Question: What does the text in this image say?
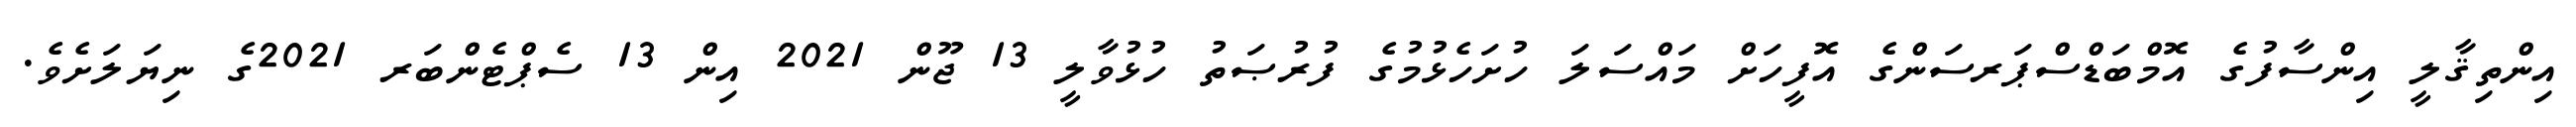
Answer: އިންތިޤާލީ އިންސާފުގެ އޮމްބަޑްސްޕަރސަންގެ އޮފީހަށް މައްސަލަ ހުށަހެޅުމުގެ ފުރުޞަތު ހުޅުވާލީ 13 ޖޫން 2021 އިން 13 ސެޕްޓެންބަރ 2021ގެ ނިޔަލަށެވެ.